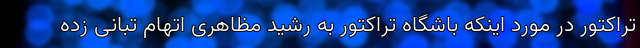
تراکتور در مورد اینکه باشگاه تراکتور به رشید مظاهری اتهام تبانی زده